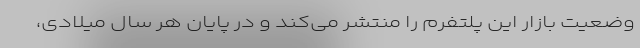
وضعیت بازار این پلتفرم را منتشر می‌کند و در پایان هر سال میلادی،